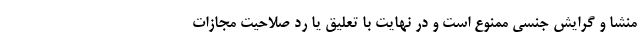
منشا و گرایش جنسی ممنوع است و در نهایت با تعلیق یا رد صلاحیت مجازات